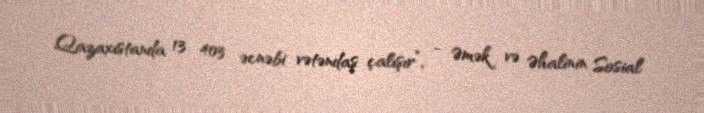
Qazaxıstanda 13 403 əcnəbi vətəndaş çalışır”, - Əmək və Əhalinin Sosial